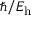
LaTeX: \hbar / E _ { \mathrm { h } }